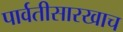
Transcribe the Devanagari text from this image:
पार्वतीसारखाच